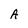
Character: A